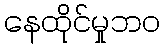
နေထိုင်မှုဘဝ